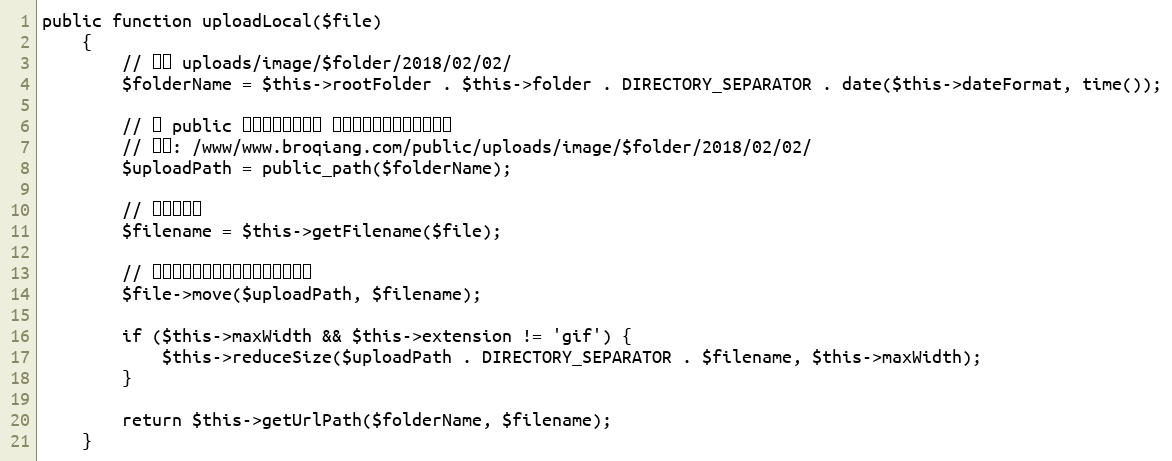
Language: PHP
public function uploadLocal($file)
    {
        // 格式 uploads/image/$folder/2018/02/02/
        $folderName = $this->rootFolder . $this->folder . DIRECTORY_SEPARATOR . date($this->dateFormat, time());

        // 将 public 目录的绝对路径和 上面定义的路径拼接到一起
        // 格式: /www/www.broqiang.com/public/uploads/image/$folder/2018/02/02/
        $uploadPath = public_path($folderName);

        // 拼接文件名
        $filename = $this->getFilename($file);

        // 将图片移动到我们的目标存储路径中
        $file->move($uploadPath, $filename);

        if ($this->maxWidth && $this->extension != 'gif') {
            $this->reduceSize($uploadPath . DIRECTORY_SEPARATOR . $filename, $this->maxWidth);
        }

        return $this->getUrlPath($folderName, $filename);
    }